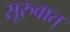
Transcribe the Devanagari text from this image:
सूरुवात्